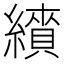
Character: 𦆋